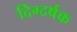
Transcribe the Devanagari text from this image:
दिग्दर्षक